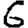
Digit: 6